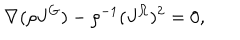
\nabla ( \rho J ^ { G } ) - \rho ^ { - 1 } ( J ^ { \Omega } ) ^ { 2 } = 0 ,